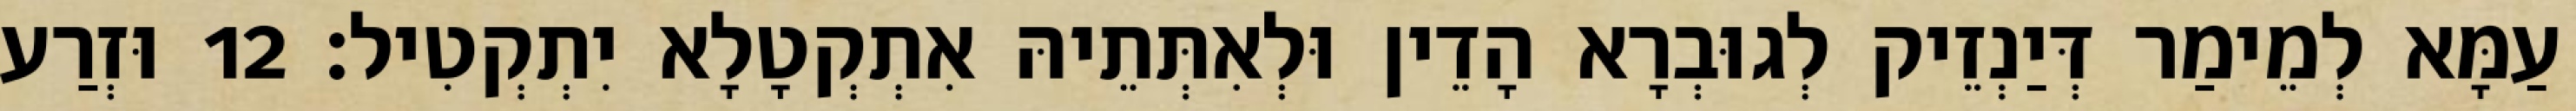
עַמָּא לְמֵימַר דְּיַנְזֵיק לְגוּבְרָא הָדֵין וּלְאִתְּתֵיהּ אִתְקְטָלָא יִתְקְטִיל׃ 12 וּזְרַע